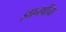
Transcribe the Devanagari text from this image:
ज्ञानर्षीचा